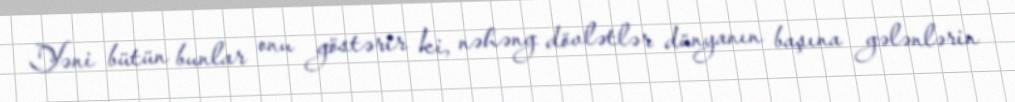
Yəni bütün bunlar onu göstərir ki, nəhəng dövlətlər dünyanın başına gələnlərin